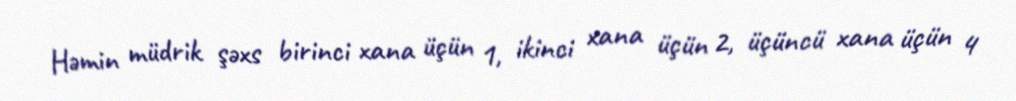
Həmin müdrik şəxs birinci xana üçün 1, ikinci xana üçün 2, üçüncü xana üçün 4